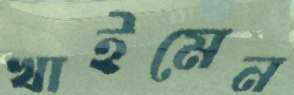
খাইমেন